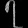
Digit: ၇